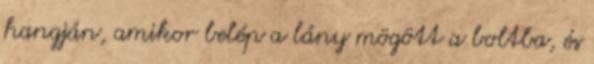
hangján, amikor belép a lány mögött a boltba, és